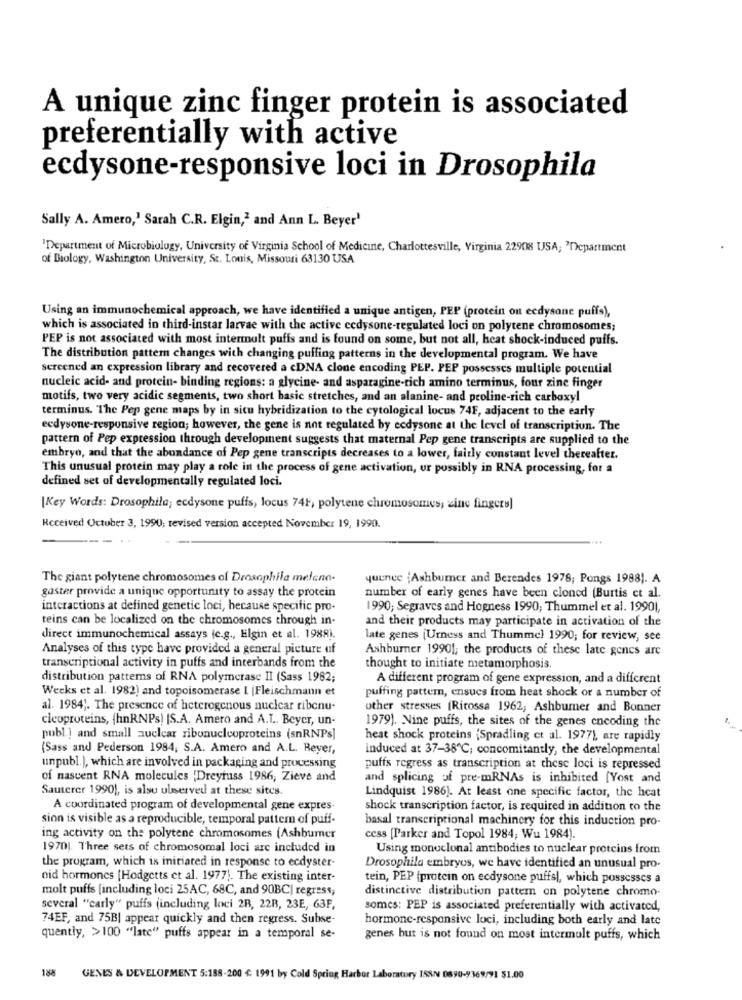
A unique zinc finger protein is associated
preferentially with active
ecdysone-responsive loci in Drosophila
Sally A. Amero,' Sarah C.R. Elgin,2 and Ann L. Beyer'
'Department of Microbiology, University of Virginia School of Medicine, Charlottesville, Virginia 22908 USA; 'Department
of Biology, Washington University, St. Louis, Missouri 63130 USA
Using an immunochemical approach, we have identified a unique antigen, PEP (protein on ecdysone puffs),
which is associated in third-instar larvae with the active ccdysone-regulated loci on polytene chromosomes;
PEP is not associated with most intermult puffs and is found on some, but not all, heat shock-induced puffs.
The distribution pattern changes with changing puffing patterns in the developmental program. We have
sercened an expression library and recovered a cDNA clone encoding PEP. PEP possesses multiple potential
nucleic acid- and protein- binding regions: a glycine- and asparagine-rich amino terminus, four zinc finger
motifs, two very acidic segments, two short basic stretches, and an alanine- and peoline-rich carboxyl
terminus. The Pep gene maps by in situ hybridization to the cytological locus 74F, adjacent to the early
ecdysone-responsive region; however, the gene is not regulated by ecdysone at the level of transcription. The
pattern of Pep expression through development suggests that maternal Pep gene transcripts are supplied to the
embryo, and that the abundance of Pep gene transcripts decreases to a lower, fairly constant level thereafter.
This unusual protein may play a role in the process of gene activation, ur possibly in RNA processing, for a
defined set of developmentally regulated loci.
[Key Words: Drosophila; ecdysone puffs, locus 741, polytene chromosomes, zinc fingers)
Received Octuber 3, 1990; revised version accepted November 19, 1990.
The giant polytene chromosomes of Drosophila melano-
yuunee (Ashbumer and Berendes 1978; Pongs 1988). A
gaster provide a unique opportunity to assay the protein
number of early genes have been cloned (Burtis et al.
interactions at defined genetic loci, because specific pro-
1990; Segraves and Hogness 1990; Thummel et al. 19901,
teins can be localized on the chromosomes through in-
and their products may participate in activation of the
direct immunochemical assays ic.g ., Elgin et al. 1988).
late genes (Urness and Thumme) 1990; for review, see
Analyses of this type have provided a general picture uf
Ashburner 19901, the products of these late genes are
transcriptional activity in puffs and interbands from the
thought to initiate metamorphosis.
distribution patterns of RNA polymerase II (Sass 1982;
A different program of gene expression, and a different
Weeks et al. 1982) and topoisomerase I |Fleischmann et
puffing pattern, ensucs from heat shock or a number of
al. 1984 ;. The presence of heterogenous nuclear ribenu-
other stresses (Rirossa 1962, Ashburner and Bonner
cleoproteins, (hnRNPs) [S.A. Amero and A.L .. Beyer, un-
1979). Nine puffs, the sites of the genes encoding the
publ.] and small auclear ribonucleoproteins (snRNPs]
heat shock proteins (Spradling ct al. 1977), are rapidly
(Sass and Pederson 1984, S.A. Amero and A.L. Beyer,
induced at 37-38℃; concomitantly, the developmental
unpubl.), which are involved in packaging and processing
puffs regress as transcription at these loci is repressed
of nascent RNA molecules 'Dreyfuss 1986, Zieve and
and splicing of pre-mRNAs is inhibited [Yost and
Sauterer 1990), is alsu observed at these sites.
Lindquist 1986). At least one specific factor, the heat
A coordinated program of developmental gene expres-
shock transcription factor, is required in addition to the
sion is visible as a reproducible, temporal pattern of puff-
basal transcriptional machinery for this induction pro-
ing activity on the polytene chromosomes (Ashbumer
cess [Parker and Topol 1984; Wu 1984).
1970). Three sets of chromosomal loci are included in
Using monoclonal antibodies to nuclear proteins from
the program, which is initiated in response to ecdyster-
Drosophila embryos, we have identified an unusual pro-
nid hormones [Hodgetts et al. 1977). The existing inter-
tein, PEP (protein on ecdysone puffs), which possesses a
molt puffs [including loci 25AC, 68C, and 90BC| regress;
distinctive distribution pattern on polytene chromo-
several "carly" puffs (including loci 2B, 22B, 23E, 63F,
somes: PEP is associated preferentially with activated,
74EF, and 75B| appear quickly and then regress. Subse-
hormone-responsive loci, including both early and late
quently, >100 "late" puffs appear in a temporal se-
genes but is not found on most intermult puffs, which
188
GENES & DEVELOPMENT 5:188-200 €: 1991 by Cold Spring Harbor Laboratory ISSN 0890-9369/91 51.00